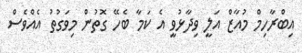
އިބްރާހިމް މުއާޒް އަލީ ވިދާޅުވީ އެ ކަމާ ބެހޭ ގޮތުން މިވަގުތު އެއްވެސް